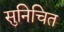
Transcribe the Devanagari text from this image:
सुनिचित